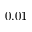
0 . 0 1